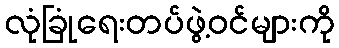
လုံခြုံရေးတပ်ဖွဲ့ဝင်များကို